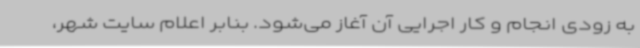
به زودی انجام و کار اجرایی آن آغاز می‌شود. بنابر اعلام سایت شهر،